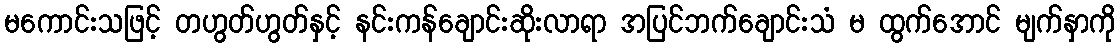
မကောင်းသဖြင့် တဟွတ်ဟွတ်နှင့် နင်းကန်ချောင်းဆိုးလာရာ အပြင်ဘက်ချောင်းသံ မ ထွက်အောင် မျက်နှာကို